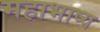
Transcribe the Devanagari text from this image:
महाभाष्‍य